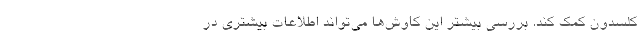
کلسدون کمک کند. بررسی بیشتر این کاوش‌ها می‌تواند اطلاعات بیشتری در